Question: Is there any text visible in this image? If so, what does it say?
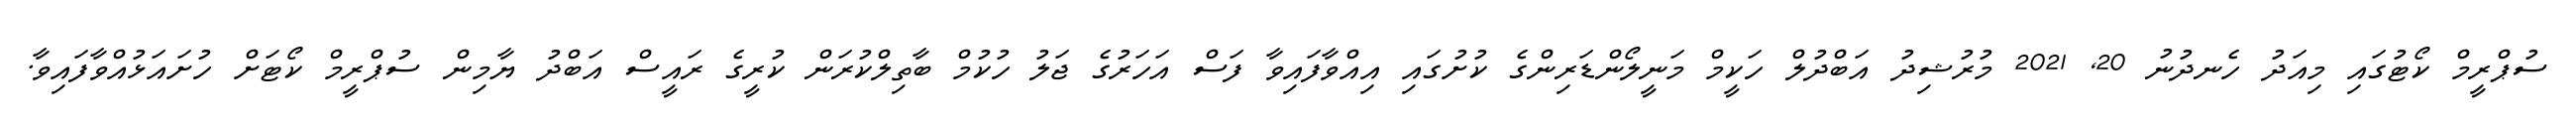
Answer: ސުޕްރީމް ކޯޓުގައި މިއަދު ހެނދުނު 20, 2021 މުރުޝިދު އަބްދުލް ހަކީމް މަނީލޯންޑަރިންގެ ކުށުގައި އިއްވާފައިވާ ފަސް އަހަރުގެ ޖަލު ހުކުމް ބާތިލްކުރަން ކުރީގެ ރައީސް އަބްދު ޔާމިން ސުޕްރީމް ކޯޓަށް ހުށައަޅުއްވާފައިވާ.